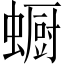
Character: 蟵